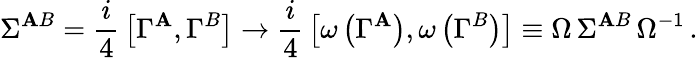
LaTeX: \Sigma^{\mathbf{A}B}={\frac{{i}}{{4}}}\left[\Gamma^{\mathbf{A}},\Gamma^{B}\right]\to{\frac{{i}}{{4}}}\left[\omega\left(\Gamma^{\mathbf{A}}\right),\omega\left(\Gamma^{B}\right)\right]\equiv\Omega\, \Sigma^{\mathbf{A}B}\, \Omega^{-1}\, .